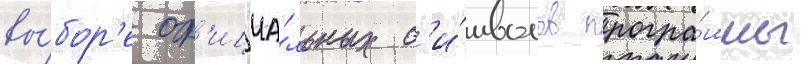
вы́бор'е оф'ициа́льных с'и́мволов програ́ммы